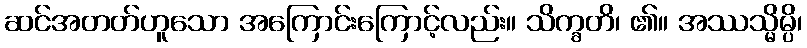
ဆင်အတတ်ဟူသော အကြောင်းကြောင့်လည်း။ သိက္ခတိ၊ ၏။ အဿသ္မိမ္ပိ၊